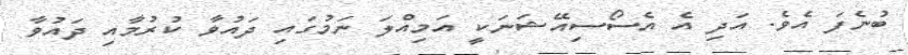
ބުނެފަ އެވެ. އަދި އެ އެސޯސިއޭޝަނަކީ އަމިއްލަ ނަމުގައި ދައުވާ ކުރުމާއި ދައުވާ